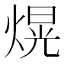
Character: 熀